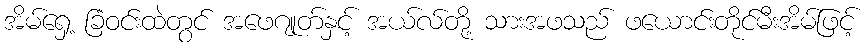
အိမ်ရှေ့ ခြံဝင်းထဲတွင် အဖေဂျုတ်နှင့် အယ်လ်တို့ သားအဖသည် ဖယောင်းတိုင်မီးအိမ်ဖြင့်